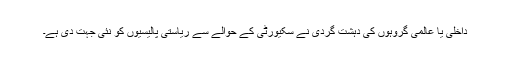
داخلی یا عالمی گروہوں کی دہشت گردی نے سکیورٹی کے حوالے سے ریاستی پالیسیوں کو نئی جہت دی ہے۔